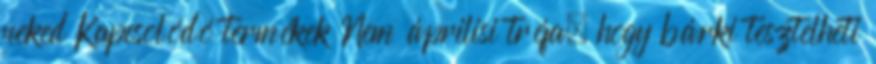
neked Kapcsolódó termékek Nem áprilisi tréfa, hogy bárki tesztelheti